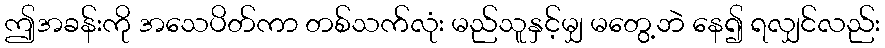
ဤအခန်းကို အသေပိတ်ကာ တစ်သက်လုံး မည်သူနှင့်မျှ မတွေ့ဘဲ နေ၍ ရလျှင်လည်း